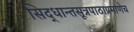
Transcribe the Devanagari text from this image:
सिद्धान्तसूत्रपाठाप्रमाणेच